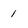
Character: 1